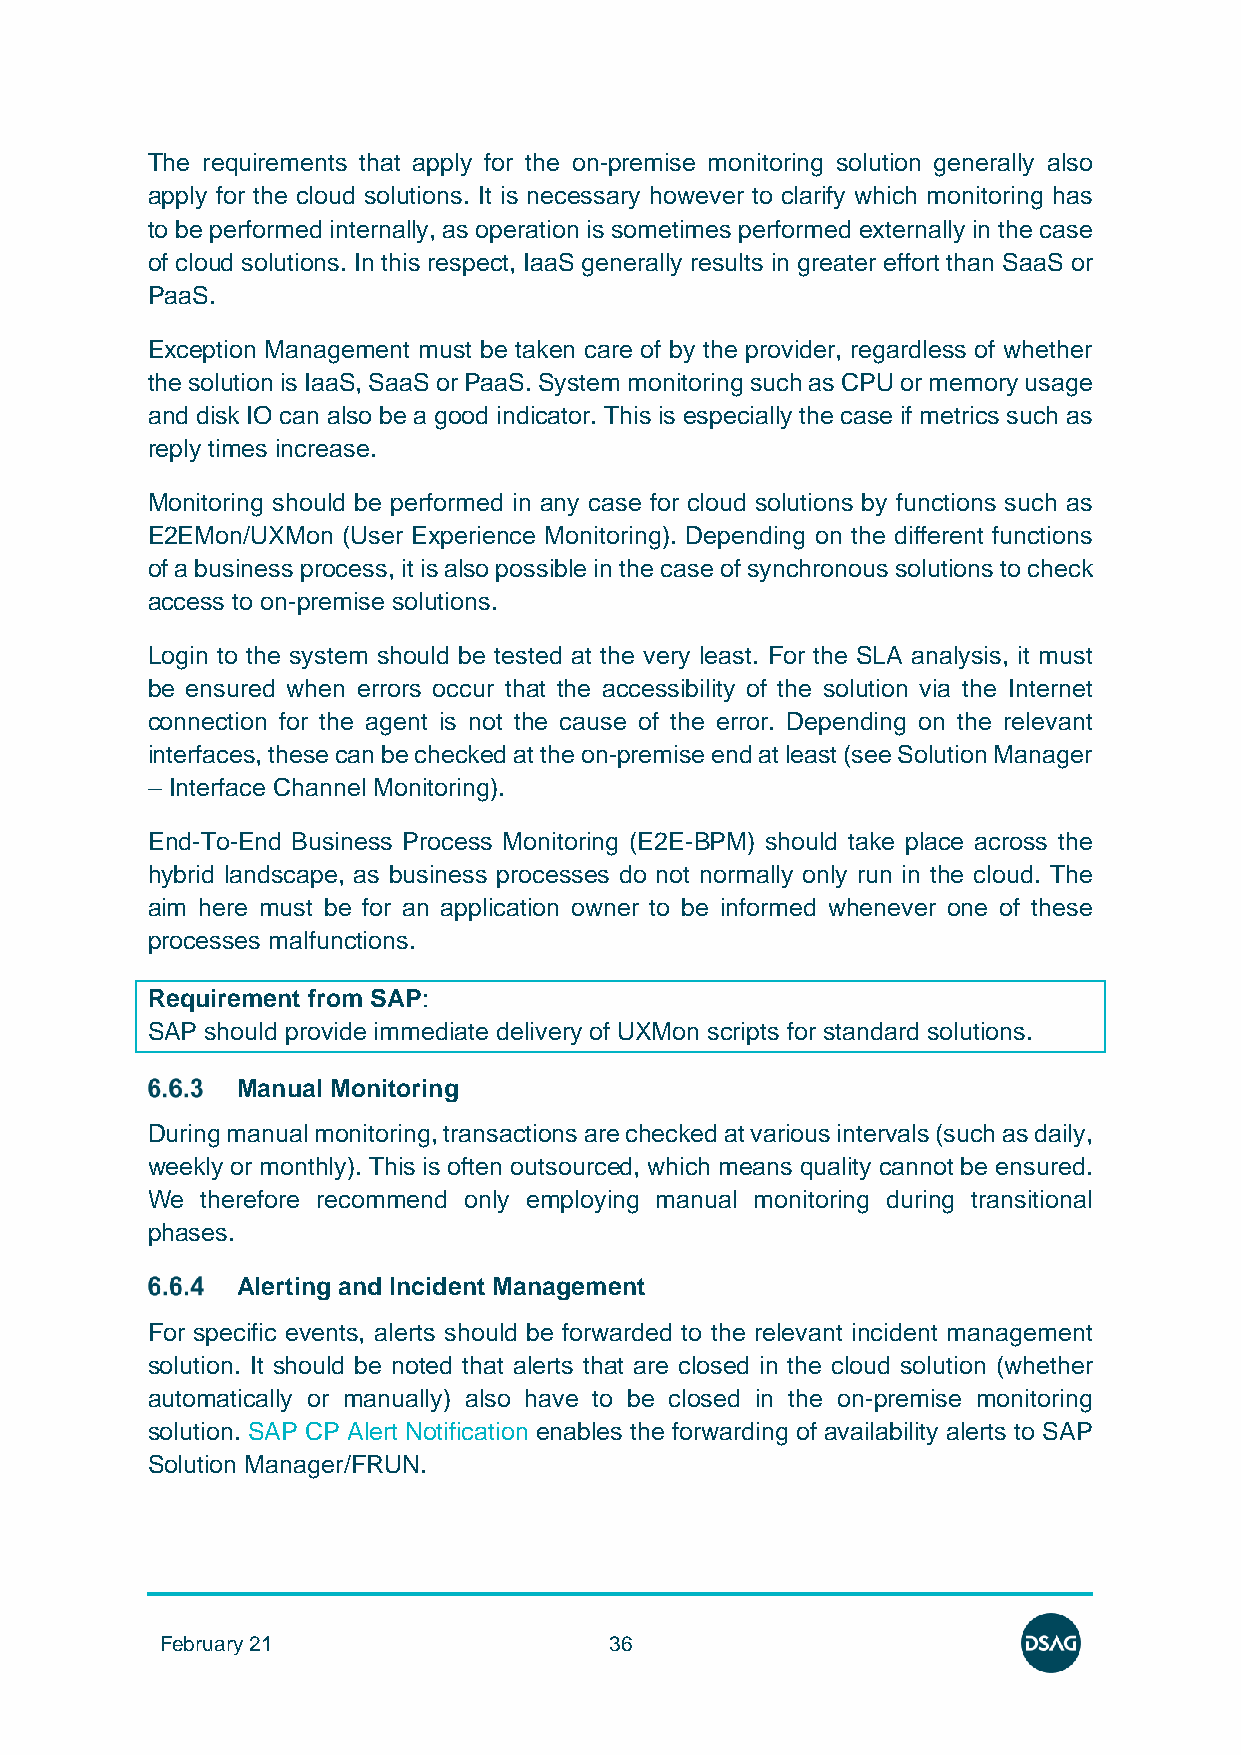
The requirements that apply for the on-premise monitoring solution generally also
 apply for the cloud solutions. It is necessary however to clarify which monitoring has
 to be performed internally, as operation is sometimes performed externally in the case
 of cloud solutions. In this respect, IaaS generally results in greater effort than SaaS or
 PaaS.
 Exception Management must be taken care of by the provider, regardless of whether
 the solution is IaaS, SaaS or PaaS. System monitoring such as CPU or memory usage
 and disk IO can also be a good indicator. This is especially the case if metrics such as
 reply times increase.
 Monitoring should be performed in any case for cloud solutions by functions such as
 E2EMon/UXMon (User Experience Monitoring). Depending on the different functions
 of a business process, it is also possible in the case of synchronous solutions to check
 access to on-premise solutions.
 Login to the system should be tested at the very least. For the SLA analysis, it must
 be ensured when errors occur that the accessibility of the solution via the Internet
 connection for the agent is not the cause of the error. Depending on the relevant
 interfaces, these can be checked at the on-premise end at least (see Solution Manager
 – Interface Channel Monitoring).
 End-To-End Business Process Monitoring (E2E-BPM) should take place across the
 hybrid landscape, as business processes do not normally only run in the cloud. The
 aim here must be for an application owner to be informed whenever one of these
 processes malfunctions.
 Requirement from SAP:
 SAP should provide immediate delivery of UXMon scripts for standard solutions.
 Manual Monitoring
 During manual monitoring, transactions are checked at various intervals (such as daily,
 weekly or monthly). This is often outsourced, which means quality cannot be ensured.
 We therefore recommend only employing manual monitoring during transitional
 phases.
 Alerting and Incident Management
 For specific events, alerts should be forwarded to the relevant incident management
 solution. It should be noted that alerts that are closed in the cloud solution (whether
 automatically or manually) also have to be closed in the on-premise monitoring
 solution. SAP CP Alert Notification enables the forwarding of availability alerts to SAP
 Solution Manager/FRUN.
 February 21                  36